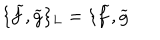
\{ \widetilde { f } , \widetilde { g } \} _ { L } = \{ \widetilde { f } , \widetilde { g }